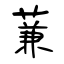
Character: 蒹